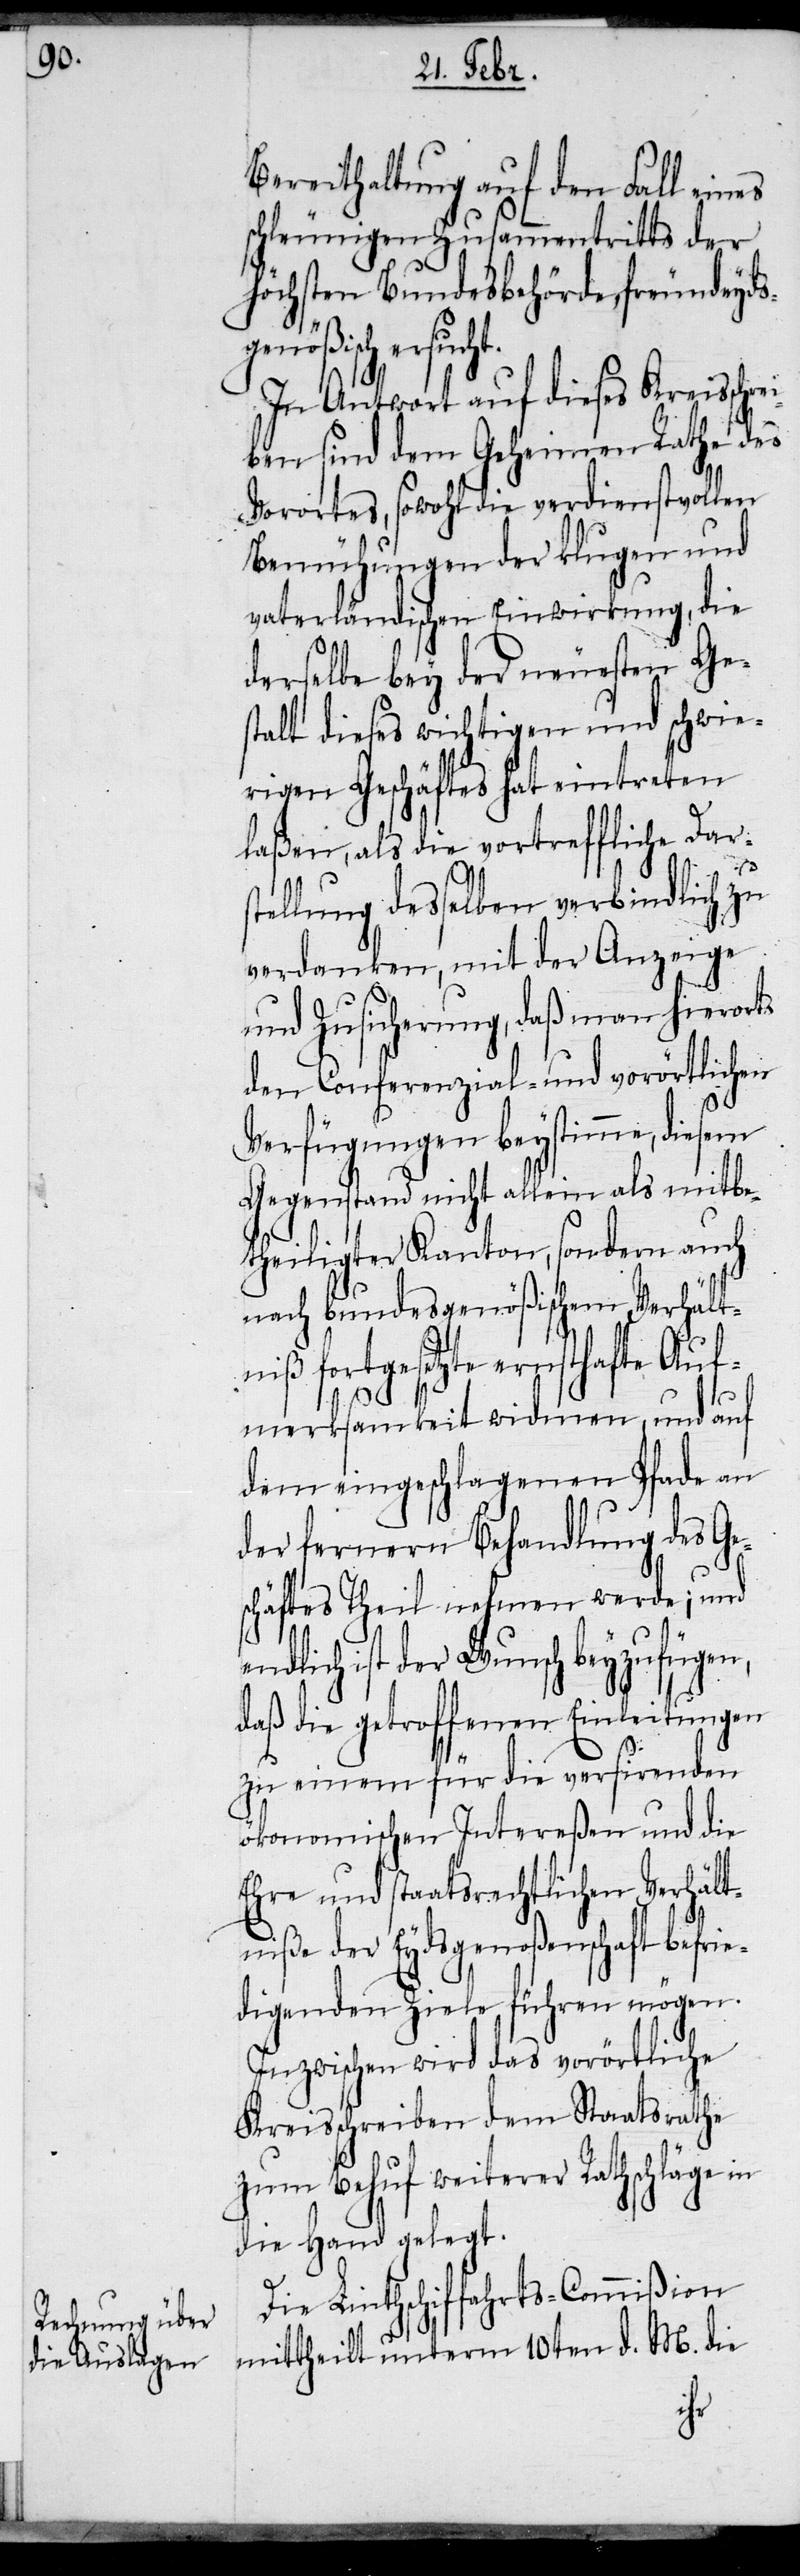
Berathung auf den Fall ein¬
schleunigen Zusammentritts der
höchsten Bundesbehörde, freundeyds¬
genößisch ersuch¬
In Antwort auf dieses Kreisschre¬
iben sind dem Geheimen Rathe des
Vorortes, sowohl die verdienstvollen
Bemühungen der klugen und
vaterländischen Einwirkung, die
derselbe bey der neuesten Ges¬
talt dieses wichtigen und schwie¬
rigen Geschäftes hat eintreten
laßen, als die vortreffliche Dars¬
tellung desselben verbindlich zu
verdanken, mit der Anzeige
und Zusicherung, daß man hierorts
den Conferenzial- und vorörtlichen
Verfügungen beystimme, diesem
Gegenstand nicht allein als mitbe¬
theiligter Kanton, sondern auch
nach bundesgenößischem Verhält¬
niß fortgesetzte ernsthafte Auf¬
t.
merksamkeit widmen, und auf
dem eingeschlagenen Pfade an
der fernern Behandlung des Ge¬
schäftes Theil nehmen werde; und
endlich ist der Wunsch beyzufügen,
daß die getroffenen Einleitungen
zu einem für die versirenden
ökonomischen Intereßen und die
Ehre und staatsrechtlichen Verhält¬
niße der Eydsgenoßenschaft befrie¬
digenden Ziele führen mögen.
Inzwischen wird das vorörtliche
Kreisschreiben dem Staatsrathe
zum Behuf weiterer Rathschläge in
die Hand gelegt.
Die Linthschiffahrts-Commißion
mittheilt unterm 10ten d. M. die